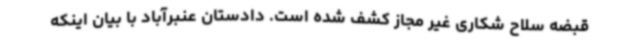
قبضه سلاح شکاری غیر مجاز کشف شده است. دادستان عنبرآباد با بیان اینکه